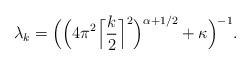
LaTeX: \begin{align*}\lambda_k = \Big(\Big(4\pi^2\Big\lceil \frac k2 \Big\rceil^2\Big)^{\alpha+1/2}+ \kappa\Big)^{-1}.\end{align*}